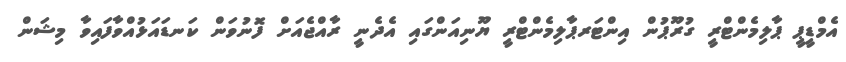
އެމްޑީޕީ ޕާލިމެންޓްރީ ގުރޫޕުން އިންޓަރޕާލިމެންޓްރީ ޔޫނިއަންގައި އެދެނީ ރާއްޖެއަށް ފޮނުވަން ކަނޑައަޅުއްވާފައިވާ މިޝަން